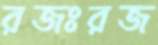
রজঃরজ